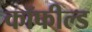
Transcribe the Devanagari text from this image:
कॉफील्ड